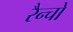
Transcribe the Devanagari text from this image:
रैन्चो